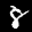
Label: 8